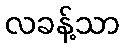
လခန့်သာ